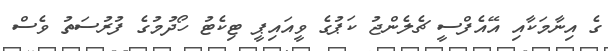
ގެ އިނާމަކާއި އޭއެފްސީ ޗެލެންޖު ކަޕުގެ ވީއައިޕީ ޓިކެޓު ހޯދުމުގެ ފުރުސަތު ވެސް